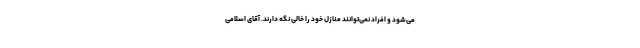
می‌شود و افراد نمی‌توانند منازل خود را خالی نگه دارند. آقای اسلامی